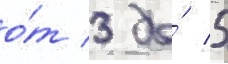
о́т 3 до́ 5